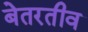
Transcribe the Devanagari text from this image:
बेतरतीव